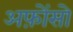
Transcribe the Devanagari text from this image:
अफ़ोंसो